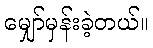
မျှော်မှန်းခဲ့တယ်။